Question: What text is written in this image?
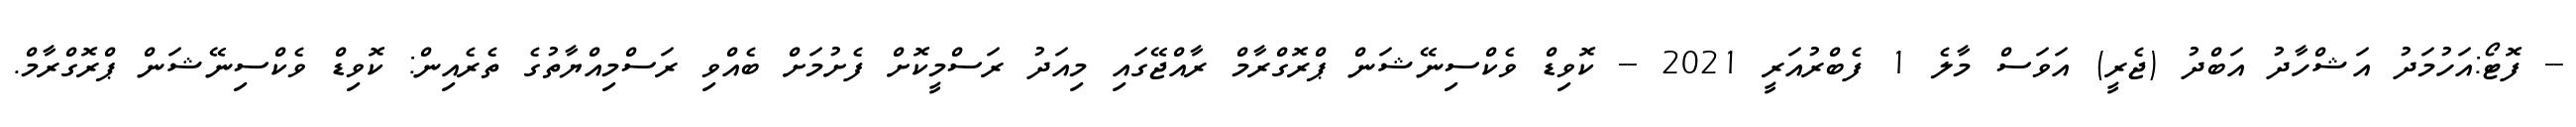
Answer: -- ފޮޓޯ:އަހުމަދު އަޝްހާދު އަބްދު (ޖެރީ) އަވަސް މާލެ 1 ފެބްރުއަރީ 2021 -- ކޮވިޑް ވެކްސިނޭޝަން ޕްރޮގްރާމް ރާއްޖޭގައި މިއަދު ރަސްމީކޮށް ފެށުމަށް ބެއްވި ރަސްމިއްޔާތުގެ ތެރެއިން: ކޮވިޑް ވެކްސިނޭޝަން ޕްރޮގްރާމް.